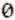
0